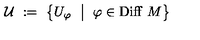
{ \mathcal U } \ : = \ \left\{ U _ { \varphi } \ \bigm | \ \varphi \in \mathrm { D i f f } \ M \right\}